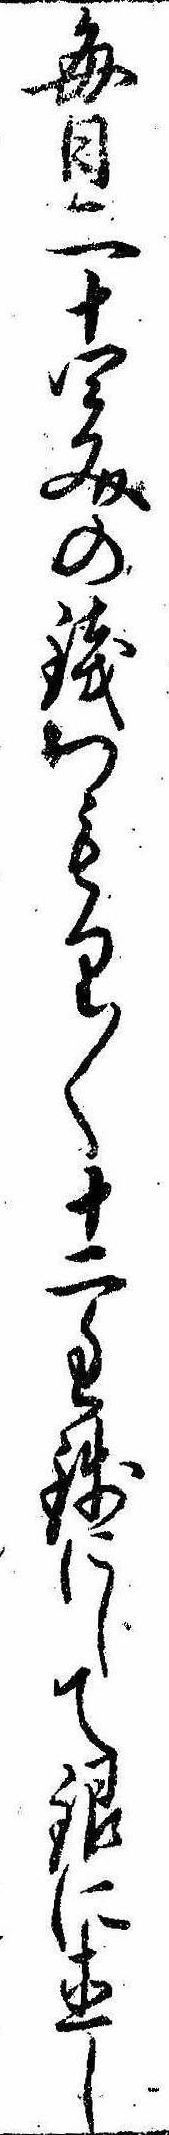
毎日二十四文の銭つもり〱十二匁銭にして銀に直し